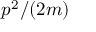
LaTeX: p ^ { 2 } / ( 2 m )